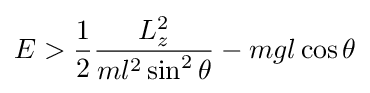
E>{\frac {1}{2}}{\frac {L_{z}^{2}}{ml^{2}\sin ^{2}\theta }}-mgl\cos \theta